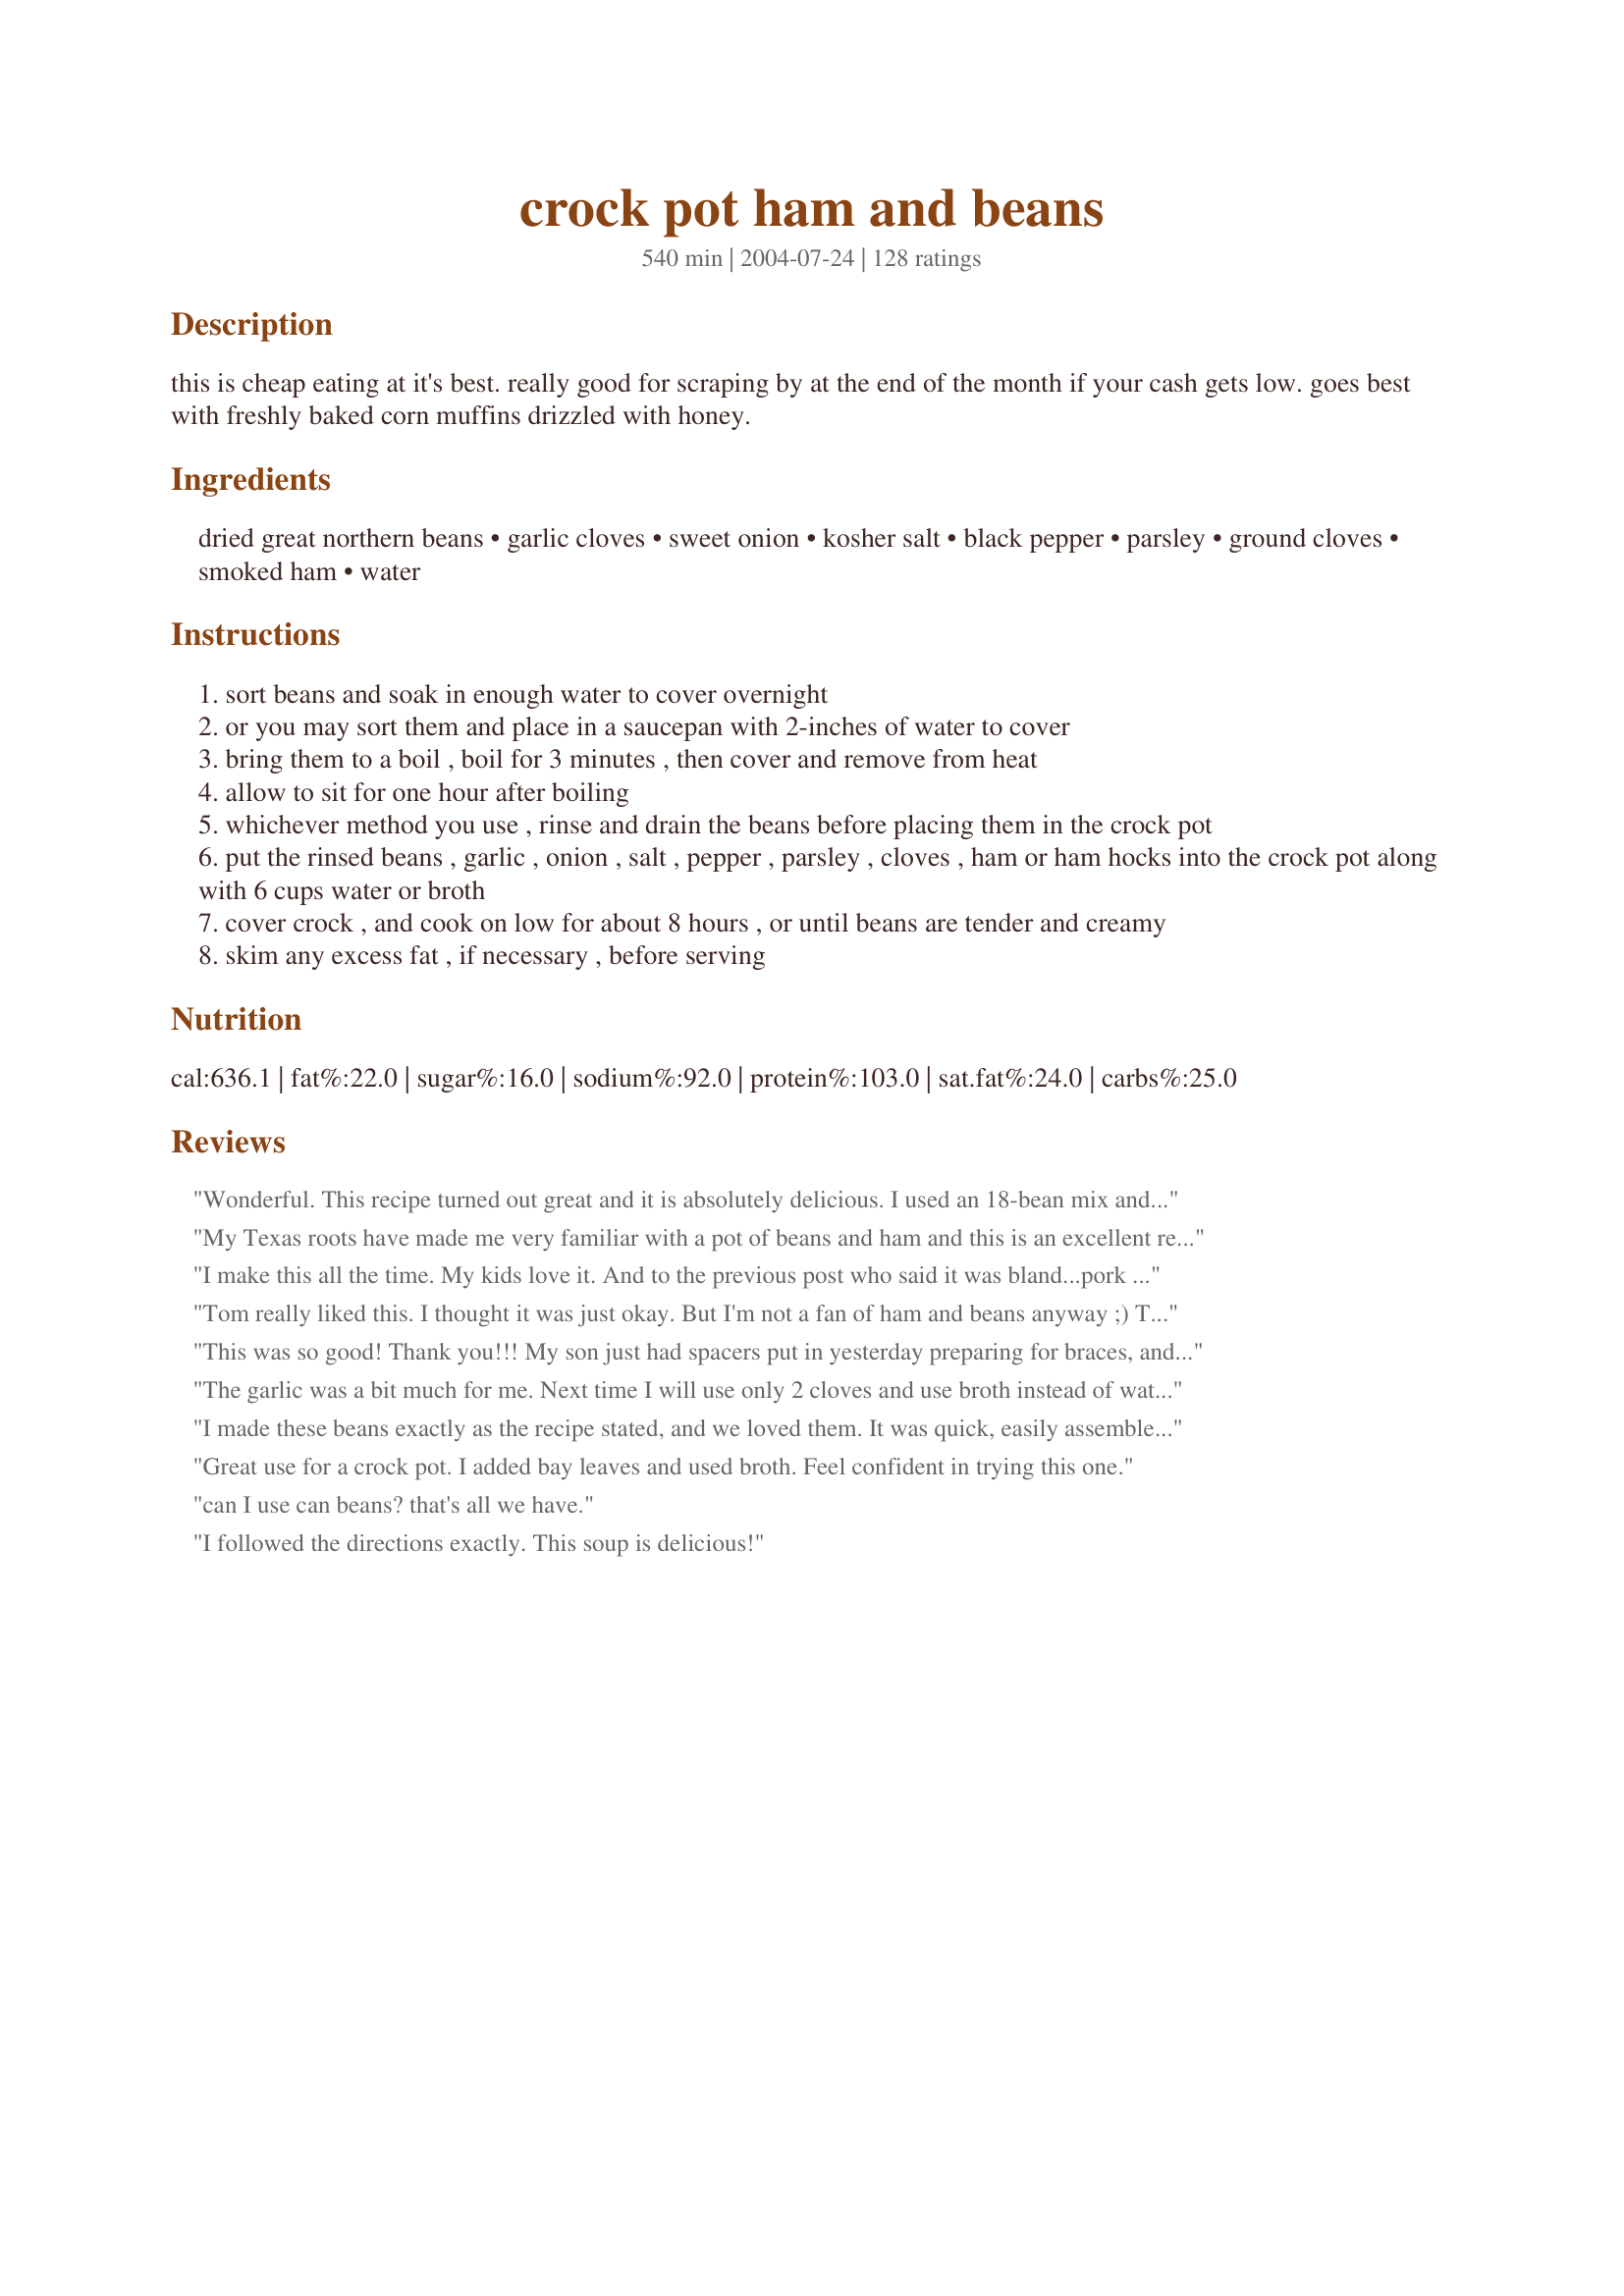
crock pot ham and beans
Preparation time: 540 minutes

this is cheap eating at it's best. really good for scraping by at the end of the month if your cash gets low. goes best with freshly baked corn muffins drizzled with honey.

Ingredients:
dried great northern beans, garlic cloves, sweet onion, kosher salt, black pepper, parsley, ground cloves, smoked ham, water

Steps:
sort beans and soak in enough water to cover overnight
or you may sort them and place in a saucepan with 2-inches of water to cover
bring them to a boil , boil for 3 minutes , then cover and remove from heat
allow to sit for one hour after boiling
whichever method you use , rinse and drain the beans before placing them in the crock pot
put the rinsed beans , garlic , onion , salt , pepper , parsley , cloves , ham or ham hocks into the crock pot along with 6 cups water or broth
cover crock , and cook on low for about 8 hours , or until beans are tender and creamy
skim any excess fat , if necessary , before serving

Reviews:
Wonderful. This recipe turned out great and it is absolutely delicious. I used an 18-bean mix and it has incredible flavor.
My Texas roots have made me very familiar with a pot of beans and ham and this is an excellent recipe. I used a stove top pot in place of a crock and cooked them all day with the heat hardly above min. That yielded pinto's that were perfect, creamy and smooth. Used a regular Spanish onion and added a dash or two of hot sauce to my serving. Pure down home comfort food that couldn't be better on an Oct evening.
I make this all the time. My kids love it. And to the previous post who said it was bland...pork roast is not ham!!! If you don&#039;t follow the recipe then don&#039;t give it a bad review!
Tom really liked this. I thought it was just okay. But I'm not a fan of ham and beans anyway ;) Tom thought it was great though.
This was so good! Thank you!!! My son just had spacers put in yesterday preparing for braces, and his mouth aches terribly. I knew I needed to make something for dinner that he could eat, and came across this. If I remember correctly, I had a dry socket when I had my wisdom teeth pulled and they used clove oil with gauze to pack it. This was perfect for the soon to be brace face. Yummy, Filling and Medicinal. The whole family enjoyed this! My husband even liked it, and he is not a bean fan.
The garlic was a bit much for me. Next time I will use only 2 cloves and use broth instead of water. I did love the simplicity of this recipe and it is a great one for those chilly nights.
I made these beans exactly as the recipe stated, and we loved them. It was quick, easily assembled the night before (pre-measured everything and just plopped it all in there in the morning with the beans!), and since I had some leftover ham cubes, it was super cheap. A good old country favorite that I will be putting in my often-used recipe file.
Great use for a crock pot. I added bay leaves and used broth. Feel confident in trying this one.
can I use can beans? that's all we have.
I followed the directions exactly. This soup is delicious!
This recipe was so good I even joined up so I could review it. I grew up on my mom&#039;s ham and beans and never tried anything different. I was looking for directions for crockpot beans and came across this recipe. I didn&#039;t like the way it smelled the whole time it was cooking and thought maybe I had made a mistake, but it is scrumptious! And I prepared it exactly as the recipe states, using chicken &#039;stock&#039; made with vegetarian chicken flavored base I got at the health food store (simply because I had no stock available) and only a small piece of a ham steak we had for Easter. We all liked it very much and that&#039;s saying a lot for me to switch to this from my Mom&#039;s recipe. We&#039;ll be eating it again.
Don't wait until the end of the month to give this delicious recipe a try! If you are a bean lover, you are going to love this recipe! Although I believe this makes a lot more than 4 servings (it completely filled my large crockpot) there is not one thing I would change about this recipe. I made exactly as directed, using the quick soak method with the great northern beans. My husband told me this recipe is to go into my permanent recipe collection for regular rotation! Thanks so much, Sue L (*Lori*) !!
This is what I was raised on!! Very simple, easy & cheap. So tasty! Great with cornbread and raw onions :) Thanks for posting this!
This is really tasty. I used a big ham bone and substituted 1/2 tsp garlic powder for the garlic cloves and used dried parsley. I didn't add the salt because the ham was saltly enough. The second time that I made this, I doubled the recipe. If you double the recipe, I recommend cutting back on the amount of water.
Doubled the recipe so I could have some to freeze. It turned out much waterier than I expected, so I mashed some of the beans to thicken it and we ended up with ham and bean soup. I saw that some people had found it too salty, so I used unsalted beef broth. It was very tasty, but missing something. Maybe something acidic? A can of crushed tomatoes, maybe, or lemon juice. Also, I wasn't a huge fan of the warm clove flavor note; I think I would skip it next time. It thickened like crazy overnight, so when I do thaw and reheat it, I will need to add more broth. Perhaps will add the acidic notes then.
I've made this several times now, and everytime it's a huge hit with my family. I don't use as much salt because i find the ham adds its own salty flavor; also i don't like cloves so i omit that... and i've started adding celery and carrots as another reviewer suggested. this stuff is yummy and cheap! thanks for posting!
If you find your broth is too watery, you can use a potato masher and mash a few beans. This will thicken your soup.
This was a big hit. I used dried lima beans, to recreate my father-in-law&#039;s butter beans. DH said it was very close, and gave it a thumbs up. It did take longer than 8 hours to cook - next time, I&#039;ll start on high for a few hours, then switch to low. Served with cornbread. Thanks for sharing! -- Update: I&#039;ve had good luck with cooking it for 3.5 hours on high, then 5 hours on low, or just 5 hours on high.
Had this for dinner last night with the corn bread, sweet potatoes and collard greens... there wasn't much left and everyone loved it... this is a keeper! Thanks for sharing it...
FABULOUS - what could be easier than using a crock pot - I could eat this everynight - it was perfect! Thanks!
These are the best beans I have ever had. I did my bean on the stove top. Soaked my beans over night, Drained and rinsed. left in the strainer while I added my onions and pepper to the pot, with a couple Tbsp olive oil. Sweated the onions on high, while I readied my garlic 5 cloves (left whole). Added garlic. Omitted the salt because I knew I was using ham and chicken stock. Added my beans back to the pot (this being about 9 am) then added 4 cups of water and 2 cups chicken stock. I also omitted the cloves. Added 1 Roma Tom, cut in half, and one small potato pealed, cut in half.
(The tom and the potato are an old wives tale about helping with the gas...Maybe some truth to it?? Plus adds to the flavor and creaminess.) Tossed in two pork chop sized ham slices (thick peices) Once the pot came to a boil, I reduced the heat and covered, stirring occasionally. About 11 am (or two hours later) I added 2 more cups of water..(you have to watch the water on the stove top) Removed the Toms, garlic, potato and ham. Removed the skin on the tom. Mashed the garlic, tom and potato, returned to the pot. Flaked the ham apart and returned to the pot, adding the parsley at this time. mixed well. Re-covered, and simmered about a half hour and was done. Very good. Better than my mom used to make. =)
This was a big hit. I used dried lima beans, to recreate my father-in-law's butter beans. DH said it was very close, and gave it a thumbs up. It did take longer than 8 hours to cook - next time, I'll start on high for a few hours, then switch to low. Served with cornbread. Thanks for sharing! -- Update: I've had good luck with cooking it for 3.5 hours on high, then 5 hours on low, or just 5 hours on high.
Sue,this is a great recipe! I made it yesterday and put it in the fridge overnight to let the flavors blend. I've never made ham and beans before and I am so pleased with the results. I doubled this using 1 lbs. of Navy beans and 1 lbs. of Great Northern beans along with 2 lbs. of ham. We really liked the garlic and I used chicken broth with garlic added. I skipped the cloves and pasley. We'll make this alot over the colder months.Maybe next time I can make cornbread before everyone digs in! Thanks so much!!!
I never thought of adding cloves to them. Gives a really nice, "I wonder what that is?" flavor addition to the beans.

Great recipe.

I like to chop carrots and celery very finely and add to mine, also.
Sue thank you so much for posting this recipe! It is the first time I have made ham and beans and the flavor was wonderful. I did cook for about 9 hours on low and the ham was falling off the bone. A couple days ago I made Recipe #254072 by 2Bleu (Bird&Buddha) so I cut around the bone and had a nice large piece to add to the crock pot. Didnt want onions in the stock so I used dried minced onions, dry parsley, omitted the salt, and used 4 cups chicken broth and 2 cups water. This worked perfectly for me and I will be making this recipe again! Made and reviewed for the Australia/New Zealand Recipe Swap #25.
Had it been up to me entirely, I would of given 5 stars, only to be a leming. This was so good and warm. I followed the recipe almost exact, used 4 cups chicken broth, 2 cups water, used prediced garlic, and smidge of cloves. Used the leftovers of a honeybaked ham, would of liked to add carrots, but didn't have any, it needed some color. Threw in the gel under the ham, used a white onion,also half cup diced celery, cooked it on high for 4 hours, had enough to share a big bowl with neighbors and still have enough for lunch today. This will definately become a keeper, but next time I am adding a half cup of diced carrots.
Wow Sue, these were fantastic! I grew up on beans, but really didn't like them (they were always too hard, or the spices weren't to my liking). These are so creamy, and the flavor was great, I ate 2 big bowls of them for dinner and have left-overs for lunch today. 

I forgot to turn the crock pot on until noon so I cooked these on high for about 5 and a half hours in my 6 Qt. crock pot and they were perfect. I just used 4 cups of chicken stock and forgot to add the parsley. I didn't have quite enough ham, so I added some frozen bacon I had on hand. Two cups of the stock I used came from this crock pot smoked chicken recipe (http://www.recipezaar.com/96988) so it had a nice smokey flavor (and great gel) to it. I'll be making these even when I'm *not* scraping by at the end of the month!
My family hated it and we could hardly choke it down. The clove gives this a very funny taste. I will try the recipe again with out the clove.
Wanted something hearty, but did not want to heat up the kitchen in this hot weather. And decided to give this a try. I used a mix of both pinto and navy beans, and soaked over night. Had left over ham so used that instead of ham hocks and followed the directions. Beans were done at the time directed and the flavor was hearty and delicious, We did add garlic and wish I'd followed another reviewers advise and added some stewed tomatoes just because we like them. Served with home made sourdough bread and made for an easy, filling meal and didn't heat up the kitchen. A versatile recipe that can easily be adjust to personal taste.
Although I personally did not eat this, my dad loved it. He especially liked the seasonings. I was instructed this is a "keeper".
Delicious!!!
New Year's Day! The tradition is to eat Black Eyed Peas or some type of Lentils for good luck for the coming year. WELLLLL! I was lucky to find this recipe from Sue! Followed it exactly (as I'm not a from scratch bean cooker). Added a can of Black-Eyed Peas at the end,just cuz of the tradition! Took only 5hrs in my crock pot. Thankyou, Sue. Blessings to you and yours this New Year.
I usually don't cook my beans in a crockpot because they never seem to get tender but I wasn't feeling to great and we were in the mood for a bean dinner so I gave this tasty recipe a try. The beans were vary flavorful and tender. If there had been any leftovers they would have been a good base for a bean soup. 

Thanks SueL. 

Bullwinkle.
This recipe is VEEERY good. Ive never used cloves before so I was a little worried at first after tasting the broth. But it all came together in the end, the only thing I did different was, I added a dash of sugar, and a little less ground cloves. Thank you so much for this great recipe!!
These are great! I have used clove in puerto rican red beans (secret ingredient my husband's grandmother passed along to me) but never thought to add them to white beans. Also, some complained they were a bit soupy or watery. Best fix for that is to take about half a cup of the cooked beans, near the end of the cooking time, mash them up and put them back in with the other beans...this will thicken the sauce up. Thanks for posting!
This meal was delicious and easy. I did do a few things differently, but it still cam e out yummy. I used 1 lb. bag of pintos and great northern beans. I used 1 1/2 tsp. of minced garlic instead of chopping fresh myself. I used 4 cups of chicken stock and 2 cups water. I served it over rice and with warm cornbread. Hubby gave it two thumbs up. Definite keeper!!!
Great recipe. The cloves and garlic really add a great taste to this dish. I served it with crusty French bread. Thanks Sue for a winner!
I found this recipe a couple weeks ago. We have made it twice already. I never comment on these sites but it's so good I had to recommend! We used chicken broth and 6 cans great white northern beans drained. It was faster. Thanks!
My husband said they were "perfect." I used chicken broth, so I cut the salt in half. Very easy to make. I was skeptical about the cloves but they really were good.
I forgot the parsley, and added a smoker pepper. Very satisfying dish.
We all (family of 6 plus my dad)loved this recipe. The cloves were quite a trip in the beans. I do not want ham and beans EVERYTIME with cloves but it is good for a change of pace. I DID FIND THIS recpie a superior and easy way to make good beans. I plan on using this recipe EVERYTIME but just sometimes I am going to omit the cloves. THESE BEANS came out PERFECT
excellent recipe for leftover ham! i've made this many times with either canned black-eyed peas or canned great northern beans. both were wonderful! i use about 3 cans. i also like to add diced carrots and celery if i have some around. oh, and i cut the liquid down to 3 cups of chicken broth. thanks for posting. this is a crockpot keeper! total comfort food. always serve with cornbread muffins!
Since this is the third time I've made this recipe in the last six months and thought it was about time I gave it the 5+ stars it deserves. The flavor of these beans is just outstanding. We had always used pintos for our ham and beans - and NEVER had we used cloves. What a difference these are to what we were use to. Thanks Sue!
Have I not rated this? DH absolutely loves this, especially with greens. Now that I am going to school at night, this is the perfect meal: cheap, easy, and I don't have to be here! Thank you for a real life saver!
I wasn't sure how this would go over, but hubby loved it (as did I)! I will definitely make this again. Like others, I used canned beans. It came out perfectly creamy! (Note: We did transfer it to a pot to boil off excess liquid.)
Delicious comfort food! This dish is perfect for a fall day, and goes perfectly with cornbread and some collard greens.
I use great nothern beans correct?
Direct quote from the husband after dinner: “this is the best ham and beans you’ve ever made.” I used left over smoked ham from Thanksgiving. The only tweak I did was I subbed out the cloves and added two bay leaves. Very flavorful! This recipe is a keeper.
I always forget there is 2lbs of beans in the bag! I ended up cooking them all in my crockpot. I didn't double anything but the liquid so it came out quite bland but done. I also jacked it up to high for the last couple of hours to make sure they were done for dinner. I'm hoping that next time I remember so I can have some tasteful beans. I did add the can of tomato soup that someone else suggested.
First time I made ham and beans and it turned out excellent I used One tablespoon of pure maple syrup instead of cloves took to my parents and friend and they couldn't stop talking about it will be making this again. Thanks for this wonderful recipe.
I love this recipe. My hubby is usually not a bean eater. He went back for seconds, and I was so surprised. We are having them again for dinner tonight. Thanks for sharing your recipe.
This is a wonderful recipe. I used a 15-bean combination of beans and served it with #90453 Corn Bread. Both recipes were great. The beans were hearty and flavorful.
This is real good comfort food. I didn't have ground cloves so I used liquid smoke (about a teaspoon). I soaked my beans overnight then I added the chicken stock but only 4 cups. I was going to add more but it was perfect. I used sliced spiral since I thought ham hocks wouldn't give off much meat for dinner. It was perfect and will be a great lunch for DH. Thanks for a staple in our kitchen!!
Very good and easy to make. I made them in the crockpot and it was nice to have dinner waiting when I got home. I served them with cornbread and applesauce.
I loved it except I used bay leaf instead of cloves.
Wow, this is amazing .<br/>Emeril has a very similar recipe on the food network web site.<br/>Made a printed copy where it is going to be kept for safe keeping.<br/>Only thing I did differently was to cook it on top of the stove
Very good. Made it for my bf by request and really enjoyed it. Thank you for a great blast from the past :)
I&#039;ve made this for my family and big groups. Like the Lady who said it made a difference whether you use pork roast or ham/ham hocks knows what she&#039;s talking about! Onions can be changed according to what&#039;s on hand but the rest I followed to a T! Sister used to say, &quot;When mamma makes ham fat &amp; beans 3 days in a row, it meant times were a little lean!&quot; I just knew I loved them &amp; knew that some timed we were probably blessed to have that! Hope younger people know that dishes like these can get you through tough times. And very nutritious! Thanks for helping me get back to a recipe so close to my momma&#039;s!
Ok, mine did not turn out as great. First off, if you are using a large crock pot, i would double the salt and pepper and make sure the liquid is over the beans in the crock pot (i should've known better). My beans were not cooked through after 8hrs with 2hrs on high ( i used the boiling method of soaking to the &quot;t&quot;) Also, I ended up adding brown sugar, like 2 tablespoons. I also added savory and more parsley. I followed the recipe but did not put in cloves (can't stand cloves unless its fall or Christmas!) It tastes wonderful now but again the beans are not done so we keep checking with some done and 1/4 not done.
YUM YUM YUM! This was a tasty recipe. I used red beans soaked overnight. I thought it wouldn't be very rich with just the spices that were listed, but it was! Even my picky eater of a son loved it too. Used a smoked ham hock for $4 and the rest was on-hand. Made spanish rice to have a beans and rice dish. My SO made tortas to go to it. Phenomenal and delicious :) Definitely will be keeping this recipe.<br/><br/>Added a carrot for additional flavor.
I made this once and thought I had the recipe down, because it's so simple. I used nutmeg instead of clove. Hope this isn't too weird tasting. Anyway, we love this recipe. I'm serving it with sweet potato biscuits and apple fritters. Since it makes way more than what we eat, I'm even taking some across the street to my grams'.
This recipe is delicious, I added chopped red and green peppers too. Yummy! I'm making it again tomorrow. I was surprised my teenage son loved it too!
I made this for supper today and it was wonderful! I made a double batch, adding 48 oz chicken stock and 48 oz of water in the beginning and probably 48 oz more of water before done. I cooked mine on top of stove because they wouldnt fit into my large crockpot. Very easy recipe to make.Once the beans were done, I added a can of turnip greens, drained and 1 cup of elbow macaroni and cooked for an additional half hour. Served cornbread on side, and made Apple Dew for dessert. Which hubby and I didn't touch because we each ate two bowls of the bean soup, and were stuffed. YUMMY! Will definately be making bean soup using this recipe from now on.
Thanks for posting it.
wonderful recipe , my husband ate it all in a day and a half :) great taste
2 thumbs up
It was too watery and bland. I was hoping for a hearty dinner with depth of flavor. really worried but was able to salvage it. An hour before it was finished doubled the pepper &amp; added bay leaf &amp; a teaspoon of crushed red pepper. I left the lid ajar hoping the broth would thicken for the last hour. didn&#039;t use corn startch as some reviews used, ended up thickening the broth with 1/4 cup instant potatoes.
This is a great and hearty soup. I used lentils instead of any kind of beans cause that is all I had at the time. Cooked it all day in the crock pot and it came out perfectly. Will be making this again and again.
This is very good!!! I followed directions exactly, but my my beans were still hard after 8 hours ( crock pot must be getting old) and the broth did not taste so good, so I let it cook over night and I also added a chicken cube. Was really good next day the broth was delicious and creamy,the beans and ham were also good, will make this recipe again.
My husband rated this as 4.5. I usually don't like ham and beans, but I thought this was really good! This is my first time to make ham and beans and the first time to use my crock pot. It was so easy to make and was really delicious. I halved the recipe and it still made 4 servings. I used a ham hock for flavor, but also cut up a slice of ham so there would be meat to eat with the beans. I used chicken broth for the liquid. Thanks for such an easy, great recipe! Update: I've made this several times now and have omitted the salt...always seemed pretty salt and tastes just fine without it!
This was a very good and easy recipe. I didn't follow it exact for reasons that I have one simular to this, but uses kilbasa, & am used to the process. I used canned beans instead of dry, pinto mix with northern & cannellini. Plus I used chicken broth as the liquid. I didn't feel it needed as much liquid because of the canned beans, so I cut it in half. High cooked in the crock pot for 3 hours, left the lid off the last half hour. It was very good, a change to my regular recipe with kilbasa. May try again when I have leftover ham from the holidays. Thanks for posting!
My husband thought with was great.
Thanks.
This is a favorite at our house. We have this at least twice a month. Thanks so much!
After cooking until done, I have found that I can remove the clear liquid before stirring the first time. Then I add back the liquid as needed for the consistency I want. Also, not all ham hocks are made equal. A large well smoked Hock makes a big difference over an average supermarket one. I add salt add pepper after I have adjusted the amount of liquid. I use the removed liquid to continue extracting flavor from the inedible pieces of Hock for the next batch of beans. A good hock has plenty of flavor to share. My favorites are Split Peas and Butter Beans (large dried limas), but the others follow close behind. I do think the an over night soaking is better than the one hour technique. The texture is different - unless you are cooking until the beans are very soft, then it doesn't matter.
I've never made ham & beans before, but I've always wanted to try (always relied on Grandma to make it for me and always afraid mine would never be as good). This recipe was wonderful! Easy to follow..cooking time was right on the money. I've never used cloves before and wasn't sure if I'd like it, so I only used 1/8 tsp and it seemed perfect for me. I also used chicken broth instead of water and loved the extra flavor. Thanks for sharing - I'll definitely be making this again!
It was great...omitted the carrots....it was flavorful and easy.....my husband said he could eat it often....even had it the next day....had green chills/corn and cheese corn bread with it the second night I give it 5 stares
This turned out perfect..only thing different we used lima beans instead and used the quick soak method..served with cast iron pan cornbread..Thanks
I REALLY liked this recipe!! I did have to make a few changes - I had to halve the recipe as I have a small crockpot, and I couldn't find smoked ham, so I used one good sized ham steak and I didn't have a sweet onion, so I used a good sized slice of regular onion. I had some fresh spinach to use up, and tore it into pieces and added it to the crockpot for the last half hour and I also left out the cloves because I only like them on hams!! I made a pan of cornbread and have so far gotten 2 dinners and 1 lunch and still have more in the fridge - This is GREAT, EASY and GOOD for the budget and will most positively be made again!! Thank you, Sue L, for a GREAT recipe!!
This is so close to my own secret family recipe that I can easily give it a high rating. Can't wait to try them with the hint of cloves as well as the garlic. This recipe is very close to the traditional French Canadian Baked Pork and Beans recipe!
This was fabulous! I used lima beans since that is our go-to bean, with smoked ham. I did throw in a dash or two of cayenne. I let it cook on low for 7 hours. I will definitely make these again. I made homemade buttermilk cornbread to accompany this and to soak up some of the juices left in the bowl. Yum!
Excellent with corn bread!
This is good but I could really detect a strong flavor of cloves. I had trouble getting past that taste, so I probably won't make again, unless I leave the cloves out.
I made this and made a few changes. I soaked the beans for 24 hours in water. Used garlic power and not the real stuff and cooked it in crockpot on high for 8 hours. Was very good and not a real thick and Heavy ham and beans. Was a big hit with my family.
Made as directed. My husband ate two bowls! Very good. Will make this again.
One more thing.....I cooked them in the crock pot on high for 6 hours as I did not have 8+ hours. They were perfectly done!
Very yummy! I used half chicken broth and half water, and used 1 ham hock and a pound of cubed ham. It was delicious, I let it cook about 10 hours on low while I was at work all day. My husband loved it as well. Definitely a keeper!!!!!
What reduces the gas in ham hock and beans?
This was good. Perhaps not what I was expecting since it ended up being more soupy than I had envisioned. I am going to give the leftovers a try to see if I like it better tomorrow.
Followed the recipe exactly but it needs something... acidic. Not sure what to try. Maybe some cayenne and tomato sauce or even some rice wine vinegar. Seems like a good base, I like that it doesn't have sugar. Will play with it until I love it!
We made this with our leftover Thanksgiving ham bone and it was really good. I added some diced carrots, and let it cook all day. Thank you for sharing.
This is the best ham and beans I've ever made. Is it the cloves? I don't know but my husband had 2 servings and that's unusual! I used a pound of dried pink beans, 2 ham bones that I had in the freezer and half water and half chicken broth. I cooked them all night and half the next day since the package of beans were old but it didn't matter with the end results. Great flavor and very filling. I served the beans over white rice with cornbread and honey on the side. The leftover beans are in the freezer for another meal. Thanks so much for posting this recipe.
This called for far too much onion. I ended up fishing out as much onion as I could before it cooked all the way. I also prefer my ham & beans to be creamy instead of a thin broth with some chunks of ham and beans, so I searched online and found a recipe that called for cream of mushroom soup. I added a can of that and it was really good. My husband thought it was too salty, but I thought it was perfect with the modifications I made to the recipe.
This was great! I had to make a few changes using what I had on hand but it still turned out great! I used garlic powder instead of the clove garlic, regular salt instead of kosher, and some leftover brown sugar deli ham I cut up into strips. I used the "quick soak" method on my beans as I didn't have time for the overnight soak and fixed it on my stovetop in a dutch oven pan. I baked a pan of cornbread to go with it. YUM! Wonderful, cheap comfort food! Thanks, Sue L for sharing!
I am making this for the second time today, and I can&#039;t wait. This is the best ham and bean that I have ever had. This makes the old celery-and-onion version just seem bland! I also appreciate the &quot;quick soak&quot; method for pre-softening the beans. I think this makes all the difference in the world for a nice, soft yet whole, bean. I don&#039;t have a crock pot, so I followed the recipe exactly and just cooked it on the stove top with excellent results. Leftovers didn&#039;t make it past Day 3 last time I made this. We LOVED it!
So simple, yet so good! I increased the amount of ham to around 2 1/2 - 3 pounds boneless, keeping everything else about the same, except for a rounded 1/4 teaspoon of the cloves, and I threw in a bay leaf. I put this together and into the crockpot just before we went to bed, letting it cook on low all night. I needed to drop off a meal at church for a family by 11:00AM, so this was perfect. I transferred the ham and beans with very little liquid into a foil container for reheatability; cornbread and fresh green beans in separate containers, and it was a great 'take-out' dinner. There was enough for my husband & me each to have two generous bowls of it after what I packed up. Easy and satisfying. Thanks, Sue!
My husband's absolute favorite soup is ham and bean. He said that this recipe tastes just like his grandmother's soup. I hadn't expected it to be like soup, but it was. I didn't mind that. I suppose you could drain the liquid, but then what would you soak up with the cornbread? It certainly was easy enough to make and we had plenty of leftovers. Thanks for the quick, easy,and cheap recipe!
I wasn't sure I liked this the first day, but the second and third, it was DELICIOUS. My kids even liked it. The cloves gave it an unusual flavor that I really liked.
Very easy wonderful flavor. Used 1/2 water and 1/2 broth. Terrific recipe for all that leftover ham I have in my freezer. :)
I have been trying to find a bean recipe that I liked, and this is it! I used mixed beans, minced garlic from a jar and regular salt. I chopped up about a cupful of fully-cooked ham and used that. I didn't use the cloves b/c I didn't have any. After they were done, I used a large spoon to mash some of them against the side of the pot, and then stirred it to make the liquid a more creamy consistency. I made plain ole cornbread to go with them. They were wonderful.
Great, cheap, simple, everyone went for seconds, who can ask for more?
Loved loved loved how it wasn't too salty! I used more beans than called for, but also used more ham, so it all worked out. Even my non-bean eating son tolerated this, while usually he makes a gaggy face. I'll be making this again!
I was really happy with the way this turned out (I usually have terrible luck with my crockpot). I used leftover baked ham, and mostly chicken broth topped off with water. I couldn't find my cloves, so I skipped them. It was delicious!
Wow! These were really delicious! I did not use a crock pot, just soaked for 24 hours and cooked over low heat for 2 hours. The cloves and garlic add a nice touch, and the beans hold really well in the fridge for those great leftovers :) I also liked the fact that they were not too salty (I used a 1 1/2 lb. ham steak). Will definitely make these again. Thanks for the simple recipe!
Another great recipe Sue! I loved the clove flavor with these beans. My whole family enjoyed it and there was not much leftover. I also made the corn muffins with it. Thanks for another keeper Sue
I liked this. Really nice flavor. Great way to use up the very last of the Easter ham! Cooking time was right on. Thanks!!
I made this exactly as written and it was absolutley Delicious! I was afraid because of someone else's review that the cloves would be too strong, but I loved the flavor it gives to this! I cooked mine the day before and rewarmed in the crockpot the next day, so good! Thanks for posting!!
Saut&eacute; carrots, onions, and celery and add to the crock after 6 hours along with bay leafs. Finish seasoning with Herb de Provence. Turned out great.
I've always wanted to find a better recipe for ham and beans. They can be so bland! Even with salt and pepper and onions. I tweaked a little because I added a few more beans. I also added 1/4 cup of maple syrup to help a little with the ground cloves. It was excellent!
Excellent--simply and tasty! Husband didn't like the cloves, but everyone else did! Cooked on High for approx 4.5 hours--perfect!
If you want your meal be ready, then only use High setting on the crock pot. You will thank me later. Other than that, it is perfect. Also, do not forget to make a skillet corn bread by the Pioneer Woman. It only takes 30 minutes, and it is unbelievable!
This was really very tasty! DH and I really enjoyed the clove flavor! I loved how simple this was to throw together this morning!

Alterations: No celery so I put in about 1/4 tsp of celery seeds.

I used chicken broth and I think next time we'll thicken it up a little. Can't wait for lunch tomorrow :yummy:
These are good and filling and a little different with the cloves. Thanks!
I had a lot of leftover pork roast, and chose this recipe because of it's good reviews. I must admit I was a little disappointed. I made it exactly as written, but when it was done, it was really a thin broth like a soup, and was bland. I added more of the spices, 2-3 times what the recipe called for, plus some cayenne pepper and nutmeg. I also added some cornstarch to thicken the broth. It was good after the adjustments, and we did like the clove/allspice seasoning.
Wow! Unbelievable - used homemade smoked chicken broth, mixed dry beans, and smoked ham shank. I've made ham and beans for years....... but this is the best by far (don't forget the crushed cloves - they add a whole new dimensions!)
These were so good and even easier to put together! I really enjoyed my first time eating Great Northern 
beans because I had the bone from my Thanksgiving ham (which I tossed in with the beans) and had cut 
off chunks of ham before freezing, so this became a great way to use leftovers and try something new at 
the same time! I did skip the cloves since my ham had a brown sugar glaze and I didn't know how much of those flavors would still be there. I also cooked the dish on the stove top, used 2 cans of chicken broth plus water, didn't need the salt, and everything was beautifully cooked in 2 hours! If I cook this on the stove again, I'll reduce the liquid by 1 cup. Enjoyed a real country meal: ham and beans, collard greens, 
mac 'n cheese and skillet cornbread. Thanks so much!
Another "Great Bean" recipe! I used great northern beans and let off the salt and pepper. I think that I liked the hint of cloves in this one. It gives the beans a very unique flavor. I served the beans with Turn-your-crockpot-into-a-smokehouse Chicken, collard greens and cornbread. Thanks for sharing!
This is hands down the best ham and beans I&#039;ve ever had. I don&#039;t even typically like ham and beans, but I made this for my husband and we both loved it. I made as directed except I added 1/4 cup of brown sugar (packed). Also, I cooked it on high for 3 hours and then on low for about 4-5 hours. If you make this and it&#039;s not thickening up yet, it&#039;s just not done. Mine started to thicken around the 7 hour mark, and there was a HUGE difference. Thank you for a fantastic recipe, we will enjoy this one a lot this winter!
Very good! I made with no changes, except used 4 chicken boullion cubes to the 6 cups of water and omitted the salt. We loved them!
Did just as written with the addition of a can of cream of tomato soup based on something grandma used to do! It was nice and thick with just the right amount of spices. Thanks!
SOOOOOOOOOO good. Used homemade beef broth and some vegetable broth. Also added about a tablespoon of tomato paste. Didn't have any ham hocks so I used about a lb. of ham steak, diced, and added about 2 teaspoons liquid smoke. Perfect...didn't even have to add salt. This made a pot of tasty, tender beans that we enjoyed with cornbread. Thanks, Sue!
This was AAA+++ wonderful!! This was my first attempt at ham and beans. I followed this recipe almost exactly, just leaving the ground cloves out because I didn't have any. My entire family gobbled this dish down with a quickness. We had this with cornbread, which made a very satisfying, complete meal. Thank you for a great tasting, easy and cheap meal. We'll eat this even if we aren't broke.
This is the perfect solution to leftover ham. We actually look forward to ham and beans more than we do the actual ham dinner! This makes a great Sunday after church meal. I clean and soak the beans the night before. I also chop all of the veggies the night before and make sure the ham is trimmed and diced the way we like it or just leave it on the bone depending on what I have for leftover ham. I put all the ham, veggies and spices in a ziplock bag in the fridge. First thing in the morning I drain and rinse beans and add all the ingredients to the pot. I turn the temp to high at 7am. When we get home from church at 1pm I stir the beans and turn the heat off. I serve each bowl with a splash of cider vinegar. It really livens up the flavor. It's a keeper!-HK
Last night before I went to bed I found this recipe. I was thrilled to see it, since I had already put some dry beans in to soak overnight...and was surprised to see this recipe that I didn't even have to search for. I had never put garlic or cloves in my beans before...so this was very new to me. When I came home today and smelled the garlic I was afraid that the amount of it in the recipe was going to be too much for me...since I like garlic best in small doses. Boy was I wrong...this recipe is great!!! The combination of flavors really complimented the beans and the ham. I barely had a small mixing bowl of leftovers...usually I have so much left over that I end up having to throw some of it out before it all gets eaten. I also baked corn muffins with it as suggested.
Made it and substituted the following: no cloves = 3 bay leaves, put 6 cups of broth plus 2 cups of water. Added 2 stalks of celery, carrots, bit of cumming, salted pork diced up. It turned out delicious! Oh cooked for 6 hrs on high. Family loved it! Ate the whole thing!
Really good but next time I will use only 4 cups of broth because I didn't like it to be so soupy.
Delicious! I never cooked ham and beans before, but was looking for a budget recipe to use what I had in the pantry. I used chicken broth and 1/8 tsp. cloves I did not have a sweet onion so used a large cooking onion. It was a perfect meal served with cornbread.
My beans ended up more soupy than creamy, but the flavor was great. I used a country ham chunk, so I probably should've left out the salt (they were a bit salty). Also, I may cut back the garlic and onions a tad next time, but otherwise we liked! I always load up my beans with vinegar when eating them, and I served them with cheese biscuits and molasses--southern comfort all the way! UPDATE: I've found that if you use country ham chunk, soak it overnight. That really cuts back on the saltiness. And I've gone lazy and just used dried minced onion and it's still good!
This is delicious and easy to make. Because we try not to eat pork(because of health and religious reasons) I use smoked turkey wings or drumsticks. I throw in a package of onion soup and a shot of liquid smoke to the recipe. Thanks Sue.
This is a very tasty, and simple dish to make. Great on a cold night! Wednesdays are always hectic at our house so I like to make crock pot dishes to simplify things. I will definitely keep this recipe handy. I think the next time I make it though I will use a smoked ham for a bit more flavor. I have to admit, I wasn't sure if the kids were going to like it...no problem there as they all had two bowls full!
Made as a recipenap for 25th AUS?NZ Recipe Swap.
